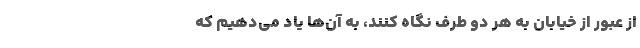
از عبور از خیابان به هر دو طرف نگاه کنند، به آن‌ها یاد می‌دهیم که